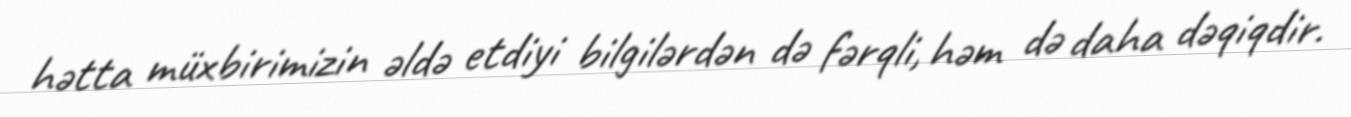
hətta müxbirimizin əldə etdiyi bilgilərdən də fərqli, həm də daha dəqiqdir.